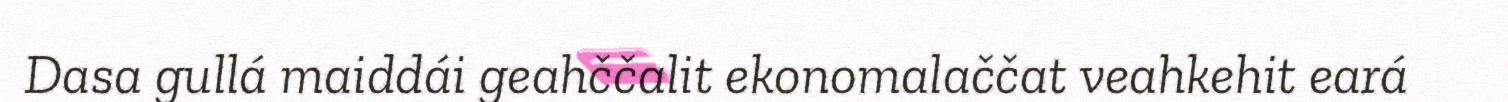
Dasa gullá maiddái geahččalit ekonomalaččat veahkehit eará